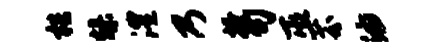
梏燥澧乃搔句巫芬油